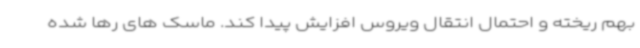
بهم ریخته و احتمال انتقال ویروس افزایش پیدا کند. ماسک های رها شده